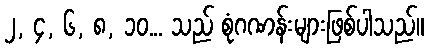
၂, ၄, ၆, ၈, ၁၀... သည် စုံဂဏန်းများဖြစ်ပါသည်။